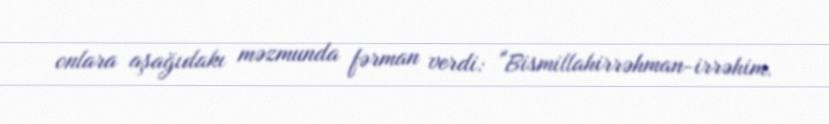
onlara aşağıdakı məzmunda fərman verdi: "Bismillahirrəhman-irrəhim.